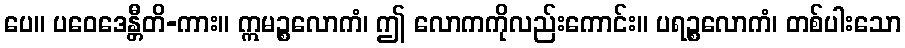
ပေ။ ပဝေဒေန္တီတိ-ကား။ ဣမဉ္စလောကံ၊ ဤ လောကကိုလည်းကောင်း။ ပရဉ္စလောကံ၊ တစ်ပါးသော